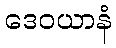
ဒေဝယာနံ